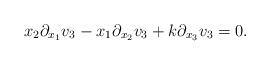
LaTeX: \begin{align*}x_2\partial_{x_1}v_3-x_1\partial_{x_2}v_3+k\partial_{x_3}v_3=0.\end{align*}